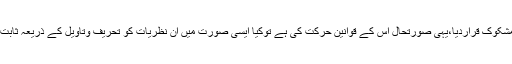
نیوٹن کے دریافت کردہ قانون کشش ثقل کو آئن سٹائن نے مشکوک قراردیا،یہی صورتحال اس کے قوانین حرکت کی ہے توکیا ایسی صورت میں ان نظریات کو تحریف وتاویل کے ذریعہ ثابت کرنا کوئی دینی خدمت یا قرآنی فکر قراردیا جاسکتا ہے ؟